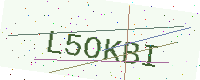
Text: L5OKBI